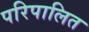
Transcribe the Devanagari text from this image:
परिपालित